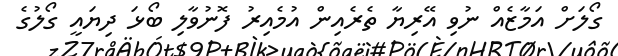
ގޯލަށް އަމާޒެއް ނުވި އޭރިޔާ ތެރެއިން އުމެއިރު ފޮނުވާލި ބޯޅަ ދިޔައީ ގޯލުގެ